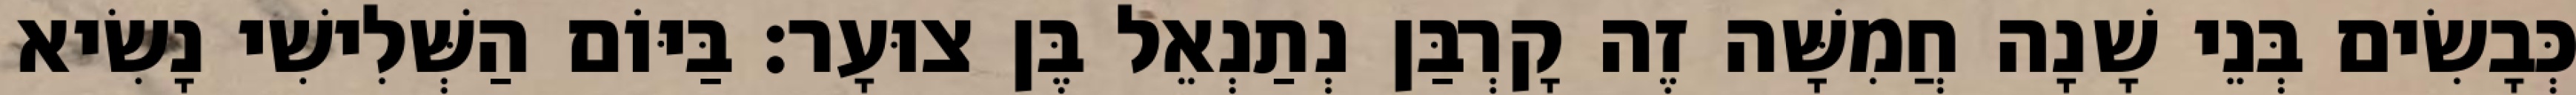
כְּבָשִׂים בְּנֵי שָׁנָה חֲמִשָּׁה זֶה קָרְבַּן נְתַנְאֵל בֶּן צוּעָר׃ בַּיּוֹם הַשְּׁלִישִׁי נָשִׂיא